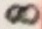
Text: 8